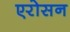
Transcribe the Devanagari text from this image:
एरोसन